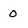
Character: 0